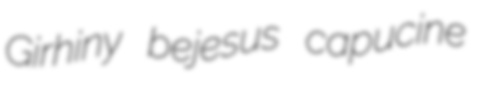
Girhiny bejesus capucine